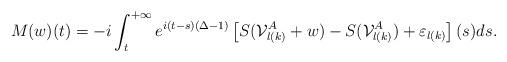
LaTeX: \begin{align*}M(w)(t) = - i \int_t^{+ \infty} e^{i(t-s) (\Delta -1)} \left[ S(\mathcal{V}_{l(k)}^A + w) - S(\mathcal{V}_{l(k)}^A) + \varepsilon_{l(k)} \right](s) ds.\end{align*}